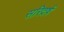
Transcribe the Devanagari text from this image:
सरिदर्ष